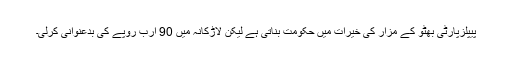
پیپلزپارٹی بھٹو کے مزار کی خیرات میں حکومت بناتی ہے لیکن لاڑکانہ میں 90 ارب روپے کی بدعنوانی کرلی۔